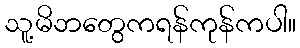
သူ့မိဘတွေကရန်ကုန်ကပါ။